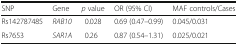
| SNP | Gene | p value | OR (95% CI) | MAF controls/Cases |
 | --- | --- | --- | --- | --- |
 | Rs142787485 | RAB10 | 0.028 | 0.69 (0.47–0.99) | 0.045/0.031 |
 | Rs7653 | SAR1A | 0.26 | 0.87 (0.54–1.31) | 0.025/0.021 |